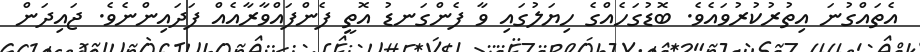
އެތައްގުނަ އިތުރުކުރުވައެވެ. ބޮޑުގަހެއްގެ ހިޔަލުގައި ވާ ފެންގަނޑު އޮތީ ފެންފައްވާރާއެއް ފަދައިންނެވެ. ޖައިދަން